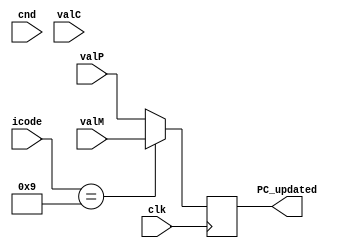
module pc_update(clk,icode,valP,cnd,valC,valM,PC_updated);

input clk;
input [3:0] icode;
input [63:0] valP;
input [63:0] valC;
input [63:0] valM;
input cnd;
  output reg [63:0]PC_updated;

always @ (posedge clk) begin

  if(icode ==4'b0111) begin    // jump condition
    if(cnd==1'b1) PC_updated=valC;    // if the condition is satisfied then go to the valC   
    else PC_updated=valP;                        // else the jump will not occue hence PC will be valP 
  end

  if(icode == 4'b1000) begin  // call condition
    PC_updated = valC;                           // PC will be ht eplace where the call function is calling to
  end

  if(icode == 4'b1001) begin  // return condition
    PC_updated = valM;                           // PC will be the place where the old stack pointer stored in valM.
  end

  else PC_updated = valP;                        // if nothing of these instriuctions are present then the vale is valP

end

endmodule